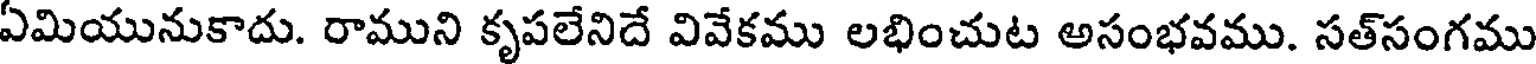
ఏమియునుకాదు. రాముని కృపలేనిదే వివేకము లభించుట అసంభవము. సత్సంగము